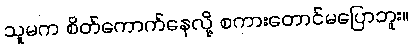
သူမက စိတ်ကောက်နေလို့ စကားတောင်မပြောဘူး။